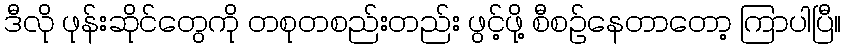
ဒီလို ဖုန်းဆိုင်တွေကို တစုတစည်းတည်း ဖွင့်ဖို့ စီစဉ်နေတာတော့ ကြာပါပြီ။